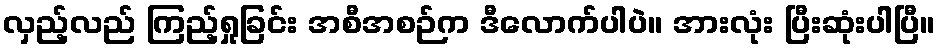
လှည့်လည် ကြည့်ရှုခြင်း အစီအစဉ်က ဒီလောက်ပါပဲ။ အားလုံး ပြီးဆုံးပါပြီ။